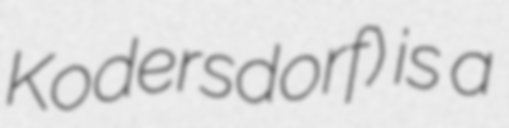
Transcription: Kodersdorf) is a